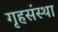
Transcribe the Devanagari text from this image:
गृहसंस्था